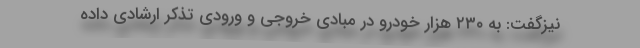
نیزگفت: به ۲۳۰ هزار خودرو در مبادی خروجی و ورودی تذکر ارشادی داده